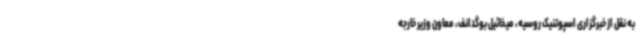
به نقل از خبرگزاری اسپوتنیک روسیه، میخائیل بوگدانف، معاون وزیر خارجه